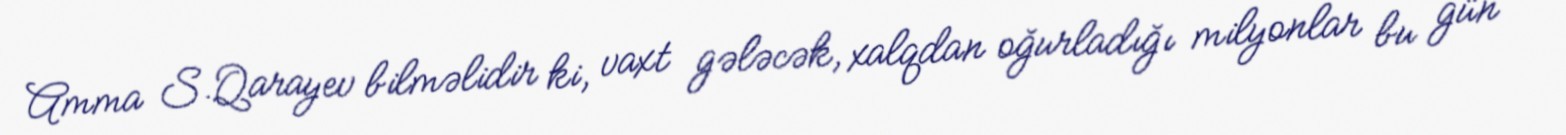
Amma S.Qarayev bilməlidir ki, vaxt gələcək, xalqdan oğurladığı milyonlar bu gün